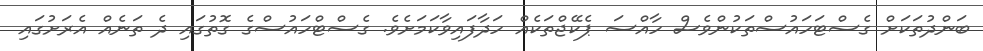
ބަންދުތަކަށް ގެސްޓަހައުސްތަކުންވެސް ހާއްސަ ޕެކޭޖްތަކެއް ހަދާފައިވާކަމަށެވެ. ގެސްޓްހައުސްގެ ގޮތުގައި ދެ ތަނެއް އެރަށުގައި